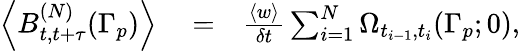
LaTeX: \begin{array}{rlr}{\left<B_{t,t+\tau}^{(N)}(\Gamma_{p})\right>}&{{}=}&{\frac{\left<w\right>}{\delta t}\sum_{i=1}^{N}\Omega_{t_{i-1},t_{i}}(\Gamma_{p};0),}\end{array}